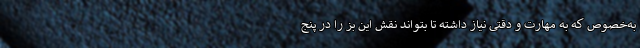
به‌خصوص که به مهارت و دقتی نیاز داشته تا بتواند نقش این بز را در پنج